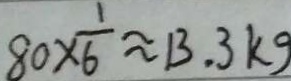
8 0 \times \frac { 1 } { 6 } \approx 1 3 . 3 k g